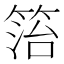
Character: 箈